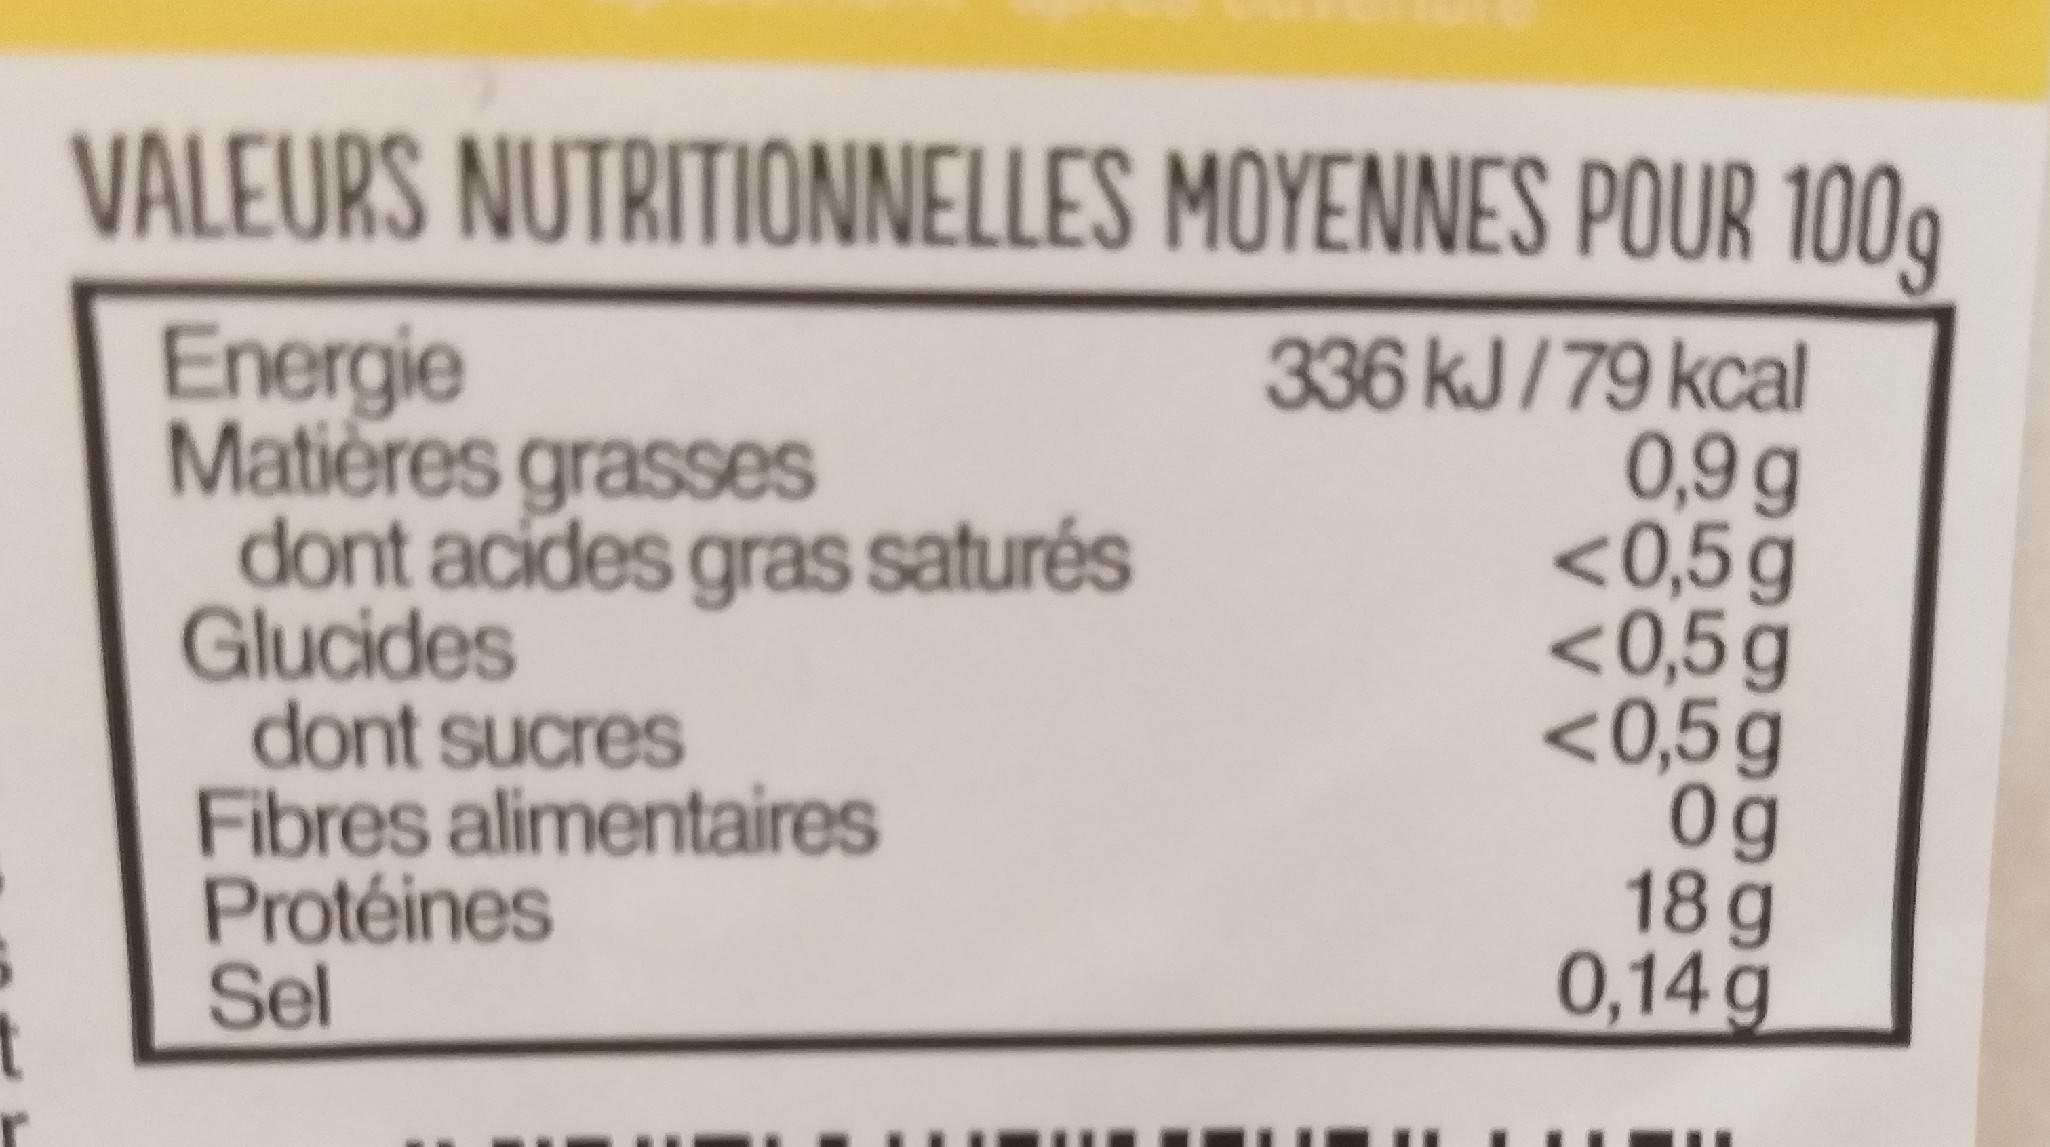
VALEURS NUTRITIONNELLES MOYENNES POUR 1009
Energie Matières grasses dont acides gras saturés Glucides dont sucres Fibres alimentaires Protéines Sel
336 kJ/79 kcal 0,9 g <0,5g <0,5g <0,5g 0g 18g 0,14 g